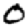
Digit: 0